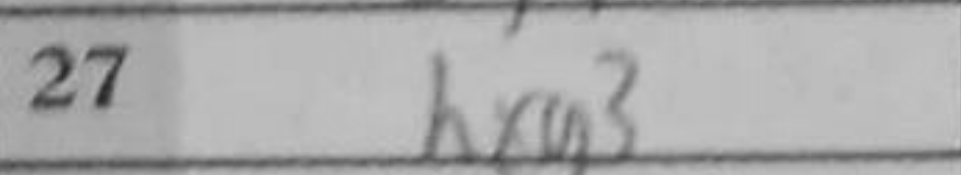
Transcription: hxg3